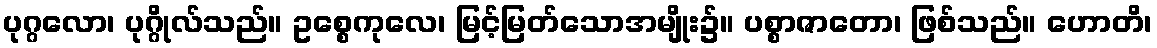
ပုဂ္ဂလော၊ ပုဂ္ဂိုလ်သည်။ ဥစ္စေကုလေ၊ မြင့်မြတ်သောအမျိုး၌။ ပစ္စာဇာတော၊ ဖြစ်သည်။ ဟောတိ၊